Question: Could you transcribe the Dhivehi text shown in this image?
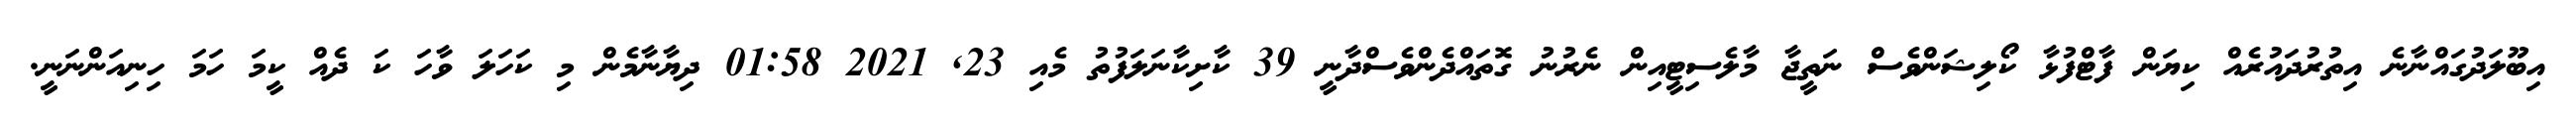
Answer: އިބޫލަދުގައްނާނެ އިތުރުދައުރެއް ކިޔަން ފާޓްފުޅާ ކޯލިޝަންވެސް ނަތީޖާ މާލެސިޓީއިން ނެރުނު ގޮތައްދެންވެސްދާނީ 39 ކާށިކާނަލަފުތު މެއި 23, 2021 01:58 ދިޔާނާމެން މި ކަހަލަ ވާހަ ކަ ދެއް ކީމަ ހަމަ ހިނިއަންނަނީ.